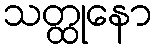
သတ္ထုနော